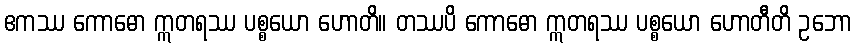
ဧကဿ ကောဓော ဣတရဿ ပစ္စယော ဟောတိ။ တဿပိ ကောဓော ဣတရဿ ပစ္စယော ဟောတီတိ ဥဘော